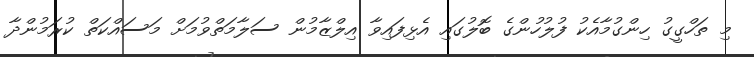
މި ތަހްގީގު ހިންގުމާއެކު ފުލުހުންގެ ބޮލުގައި އެޅިފައިވާ އިލްޒާމުން ސަލާމަތްވުމަށް މަސައްކަތް ކުރަމުންދާ